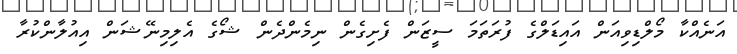
އަނެއްކާ މޯލްޑިވިއަން އައިޑަލްގެ ފުރަތަމަ ސީޒަން ފެށިގެން ނިމެންދެން ޝޯގެ އެލިމިނޭޝަން އިއުލާންކުރާ